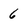
Character: 6